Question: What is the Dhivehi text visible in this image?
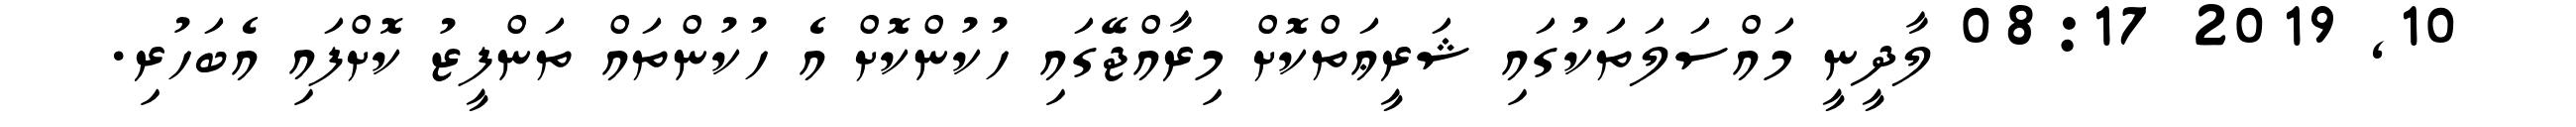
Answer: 10, 2019 08:17 ލާދީނީ މައްސަލަތަކުގައި ޝަރީޢަތްކޮށް މިރާއްޖޭގައި ހުކުންކޮށް އެ ހުކުންތައް ތަންފީޒު ކޮށްފައި އެބަހުރި.